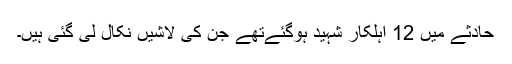
حادثے میں 12 اہلکار شہید ہوگئےتھے جن کی لاشیں نکال لی گئی ہیں۔